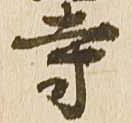
寺